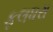
ફલધરા